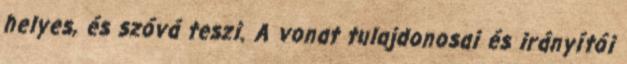
helyes, és szóvá teszi. A vonat tulajdonosai és irányítói